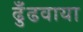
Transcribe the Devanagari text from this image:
ढुँढवाया